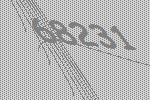
68231